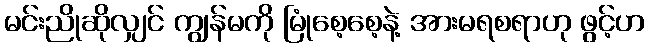
မင်းညိုဆိုလျှင် ကျွန်မကို မြုံစေ့စေ့နဲ့ အားမရစရာဟု ဖွင့်ဟ